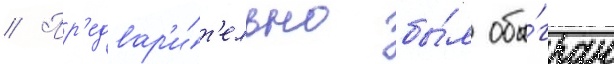
// Пр'едвар'и́т'ельно бы́л обы́гран